Scottish Leaving Certificate Examination, 1957
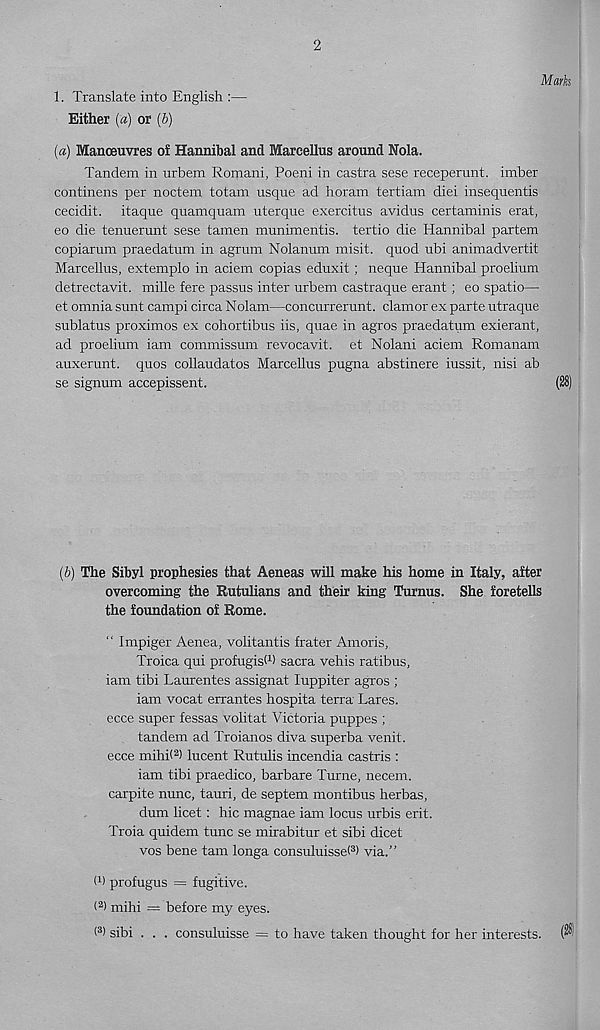
2
Marks
1. Translate into English :—
Either («) or (b)
(a) Manoeuvres of Hannibal and Marcellas around Nola.
Tandem in urbem Romani, Poeni in castra sese receperunt. imber
continens per noctem totam usque ad horam tertiam diei insequentis
cecidit. itaque quamquam uterque exercitus avidus certaminis erat,
eo die tenuerunt sese tamen munimentis. tertio die Hannibal partem
copiarum praedatum in agrum Nolanum misit. quod ubi animadvertit
Marcellus, extemplo in aciem copias eduxit; neque Hannibal proelium
detrectavit. mille fere passus inter urbem castraque erant ; eo spatio—
et omnia sunt campi circa Nolam—concurrerunt. clamor ex parte utraque
sublatus proximos ex cohortibus iis, quae in agros praedatum exierant,
ad proelium iam commissum revocavit. et Nolani aciem Romanam
auxerunt. quos collaudatos Marcellus pugna abstinere iussit, nisi ab
se signum accepissent.
(28)
(b) The Sibyl prophesies that Aeneas will make his home in Italy, after
overcoming the Rutulians and their king Turnus. She foretells
the foundation of Rome.
“ Impiger Aenea, volitantis frater Amoris,
Troica qui profugisW sacra vehis ratibus,
iam tibi Laurentes assignat luppiter agros ;
iam vocat errantes hospita terra Lares,
ecce super fessas volitat Victoria puppes ;
tandem ad Troianos diva superba venit.
ecce mihi( 2 ) lucent Rutulis incendia castris :
iam tibi praedico, barbare Turne, necem.
carpite nunc, tauri, de septem montibus herbas,
dum licet: hie magnae iam locus urbis erit.
Troia quidem tunc se mirabitur et sibi dicet
vos bene tarn longa consuluissel 3 ) via.”
W profugus = fugitive.
( 2 ) mihi = before my eyes.
( 3 ) sibi . . . consuluisse = to have taken thought for her interests.